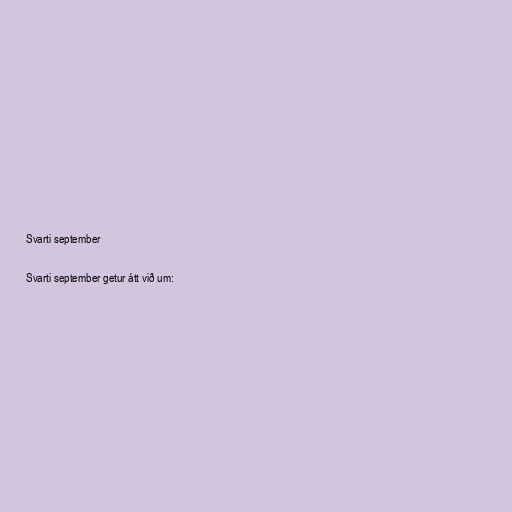
Svarti september

Svarti september getur átt við um: